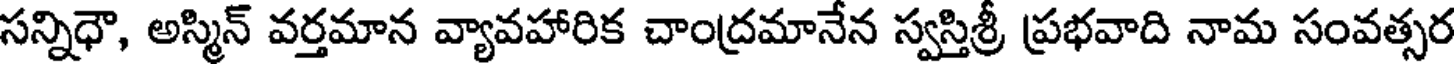
సన్నిధౌ, అస్మిన్ వర్తమాన వ్యావహారిక చాంద్రమానేన స్వస్తిశ్రీ ప్రభవాది నామ సంవత్సర